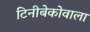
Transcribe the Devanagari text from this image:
टिनीबेकोवाला